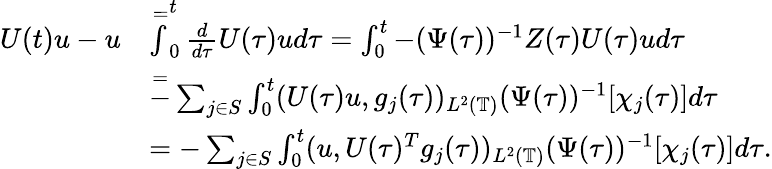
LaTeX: \begin{array}{rl}{U(t)u-u}&{\overset=\int_{0}^{t}\frac{d}{d\tau}U(\tau)ud\tau=\int_{0}^{t}-(\Psi(\tau))^{-1}Z(\tau)U(\tau)ud\tau}\\ &{\overset=-\sum_{j\in S}\int_{0}^{t}(U(\tau)u,g_{j}(\tau))_{L^{2}(\mathbb{T})}(\Psi(\tau))^{-1}[\chi_{j}(\tau)]d\tau}\\ &{=-\sum_{j\in S}\int_{0}^{t}(u,{U(\tau)^{T}g_{j}(\tau)})_{L^{2}(\mathbb{T})}{(\Psi(\tau))^{-1}[\chi_{j}(\tau)]}d\tau.}\end{array}